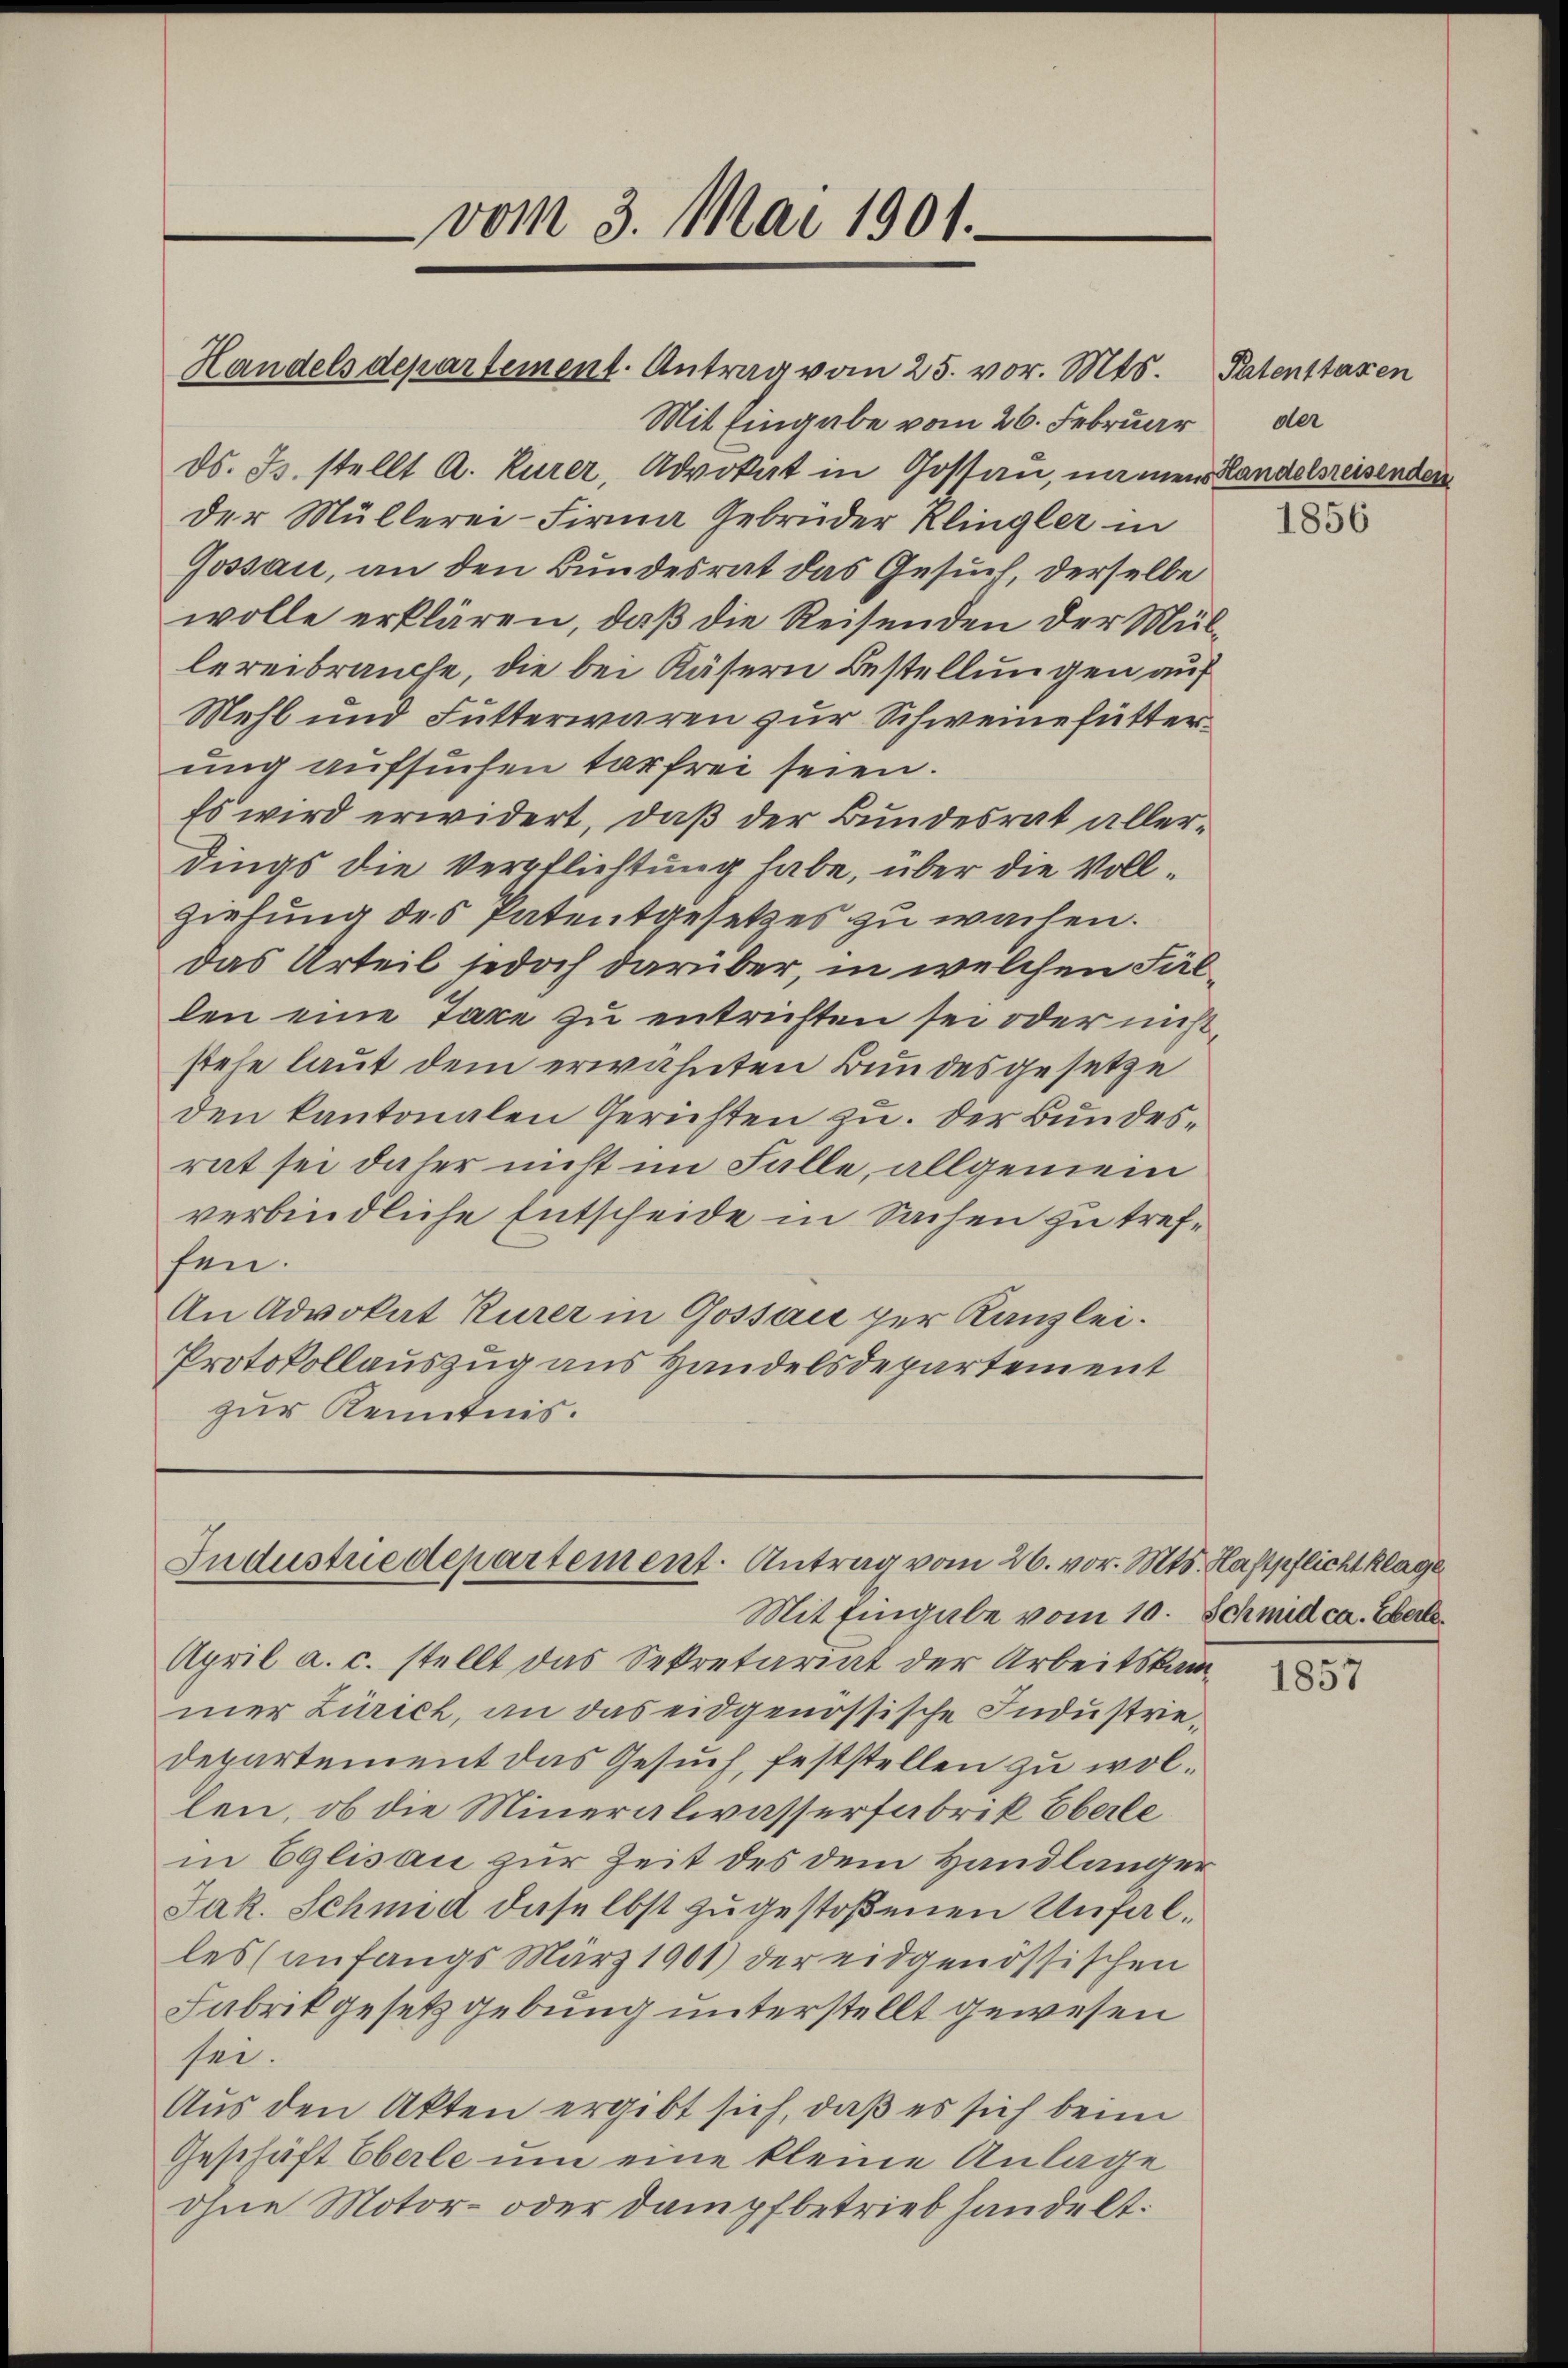
Handels departement. Antrag vom 25. vor. Mts. Patenstaxen
Mit Eingabe vom 26. Februar
ds. Js. stellt A. Kurer, Advokat in Gossan, namen Handelsreisenden
der Müllerei- Firma Gebrüder Klingler in
Gossau, an den Bundesrat das Gesuch derselbe
wolle erklären, daß die Reisenden der Müllereibrauche, die bei Käsern Bestellungen auf
Mehl und Futterwaren zur Schweine futterung aufsuchen tarfrei seien.
Es wird erwidert, daß der Bundesrat allerdings die Verpflichtung habe, über die Voll¬
Ziehung des Patentgesetzes zu wachen.
das Urteil jedoch darüber, in welchen Fällen eine Taxe zu entrichten sei oder nicht,
stehe laut dem erwähnten Bundesgesetze
den kantonalen Gerichten zu. Der Bundesrat sei daher nicht im Falle, allgemein
verbindliche Entscheide in Sachen zu treffen.
An Advokat Kurer in Gossau per Kanzlei.
Protokollauszug aus Handelsdepartement
zur Kenntnis.

vom 3. Mai 1901.

Industredepartement. Antrag vom 26. vor. Mts. Haftpflicht klage

Mit Eingabe vom 10. Schmid ca. Eberle
April a. c. stellt das Sekretariat der Arbeitskammer Zürich, an das eidgenössische Industrie¬
Departement das Gesuch, feststellen zu wollen, ob die Mineralwasserfabrik Eberle
in Eglisau zur Zeit des dem Handlänger
Jak. Schmid daselbst zugestoßenen Unfalles (anfangs März 1901) der eidgenössischen
Fabrik gesetzgebung unterstellt gewesen
sei.
Aus den Akten ergibt sich, daß es sich beim
Geschäft Oberle um eine kleine Anlage
ohne Motor- oder Dampfbetrieb handelt.

der

1856

1857